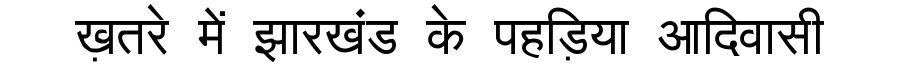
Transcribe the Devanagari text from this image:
ख़तरे में झारखंड के पहड़िया आदिवासी